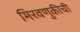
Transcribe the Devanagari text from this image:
मिरवणुकीची